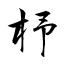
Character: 杼